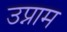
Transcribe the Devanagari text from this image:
उप्नाम